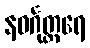
နဝင်္ဂုတ္တရေ